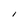
Character: I